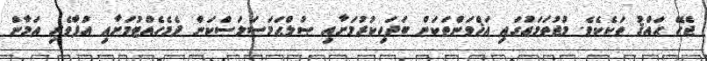
ޖެހޭ ޙައްޤު ތަކެކެވެ. މުޖުތަމަޢުގައި އަޚްވަންތަކަން ބަދަހިކުރުމަށާއި ޞުލްޙަމަސަލަސްކަން ދެމެހެއްޓުމަށާއި އުފާވެރި އަމާން